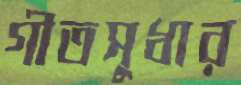
গীতসুধার